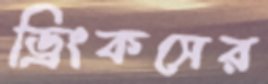
ড্রিংকসের